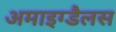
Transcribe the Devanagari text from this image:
अमाइग्डैलस